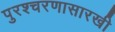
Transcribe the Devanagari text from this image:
पुरश्चरणासारखी